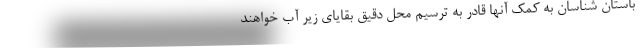
باستان شناسان به کمک آنها قادر به ترسیم محل دقیق بقایای زیر آب خواهند